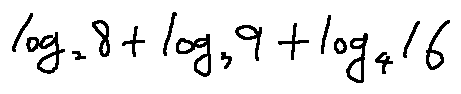
\log _ { 2 } 8 + \log _ { 3 } 9 + \log _ { 4 } 1 6